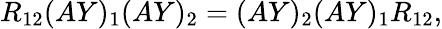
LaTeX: R_{12}(AY)_{1}(AY)_{2}=(AY)_{2}(AY)_{1}R_{12},